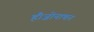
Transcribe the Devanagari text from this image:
हैं।ज़ोनाथन